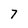
Character: 7